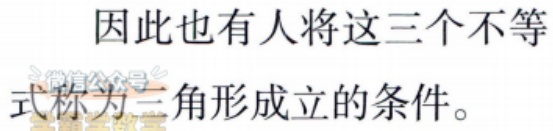
因此也有人将这三个不等式称为三角形成立的条件。